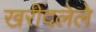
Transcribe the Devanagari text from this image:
खरीदलेले